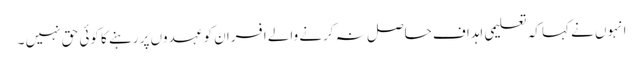
انہوں نے کہا کہ تعلیمی اہداف حاصل نہ کرنے والے افسران کو عہدوں پر رہنے کا کوئی حق نہیں ۔